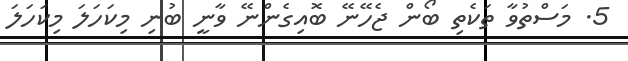
5. މަސްތުވާ ތަކެތި ބޯން ޖެހޭނޭ ބޮއިގެންނޭ ވާނީ ބުނި މިކަހަލަ މިކަހަލަ